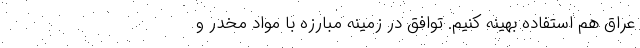
عراق هم استفاده بهینه کنیم. توافق در زمینه مبارزه با مواد مخدر و